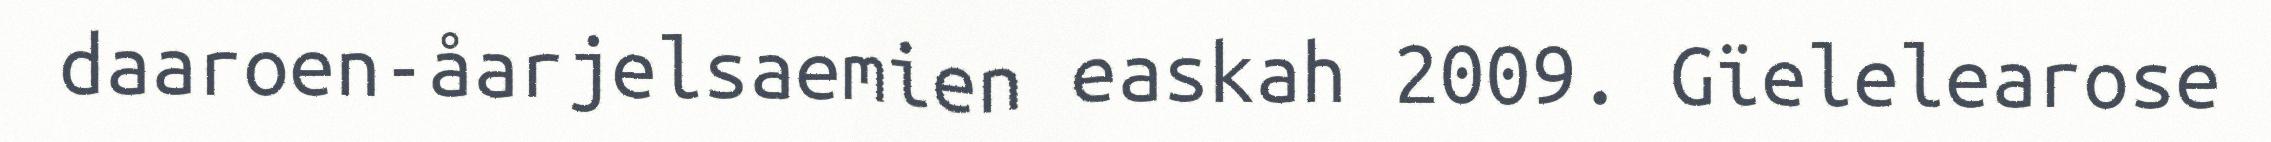
daaroen-åarjelsaemien easkah 2009. Gïelelearose